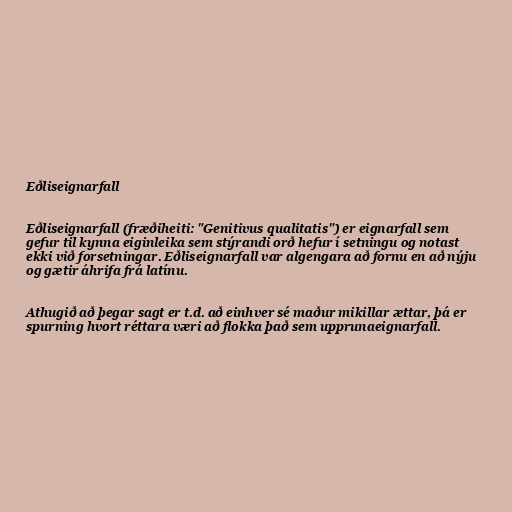
Eðliseignarfall

Eðliseignarfall (fræðiheiti: "Genitivus qualitatis") er eignarfall sem
gefur til kynna eiginleika sem stýrandi orð hefur í setningu og notast
ekki við forsetningar. Eðliseignarfall var algengara að fornu en að nýju
og gætir áhrifa frá latínu.

Athugið að þegar sagt er t.d. að einhver sé maður mikillar ættar, þá er
spurning hvort réttara væri að flokka það sem upprunaeignarfall.